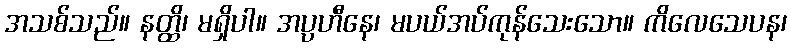
အသစ်သည်။ နတ္ထိ၊ မရှိပါ။ အပ္ပဟီနေ၊ မပယ်အပ်ကုန်သေးသော။ ကိလေသေပန၊